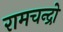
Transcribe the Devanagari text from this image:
रामचन्द्रो